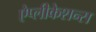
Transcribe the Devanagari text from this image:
ऐप्लीकेशन्स